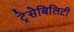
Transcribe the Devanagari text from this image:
ट्रेसेबिलिटी